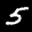
Label: 5